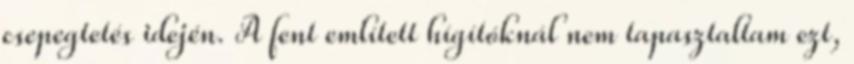
csepegtetés idején. A fent említett hígítóknál nem tapasztaltam ezt,